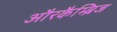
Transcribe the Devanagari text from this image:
औरकैम्ब्रिज